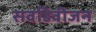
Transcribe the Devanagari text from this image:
सवडिवीजन